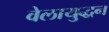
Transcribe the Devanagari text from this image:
वेलायुद्धन